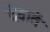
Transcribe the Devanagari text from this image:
देवातें